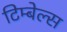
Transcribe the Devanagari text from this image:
टिम्बेल्स